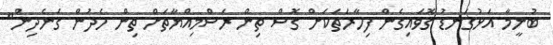
ބުނީމާ އަޅުގަނޑު ގޮވައިގެން ފިހާރަތަކަށް ގޮސް ތިން ރަސްމިއްޔާތަށް ތިން ހެދުން ގަނެދިން"